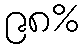
၉၈%